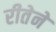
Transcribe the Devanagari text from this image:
रीतेने